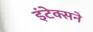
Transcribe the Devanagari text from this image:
इंटेक्सने